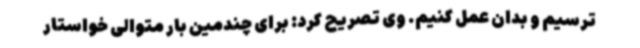
ترسیم و بدان عمل کنیم. وی تصریح کرد: برای چندمین بار متوالی خواستار